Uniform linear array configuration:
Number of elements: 48
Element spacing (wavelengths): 0.25
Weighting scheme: hann
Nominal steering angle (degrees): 60
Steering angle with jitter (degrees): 61.117
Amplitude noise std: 0.05
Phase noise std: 0.05

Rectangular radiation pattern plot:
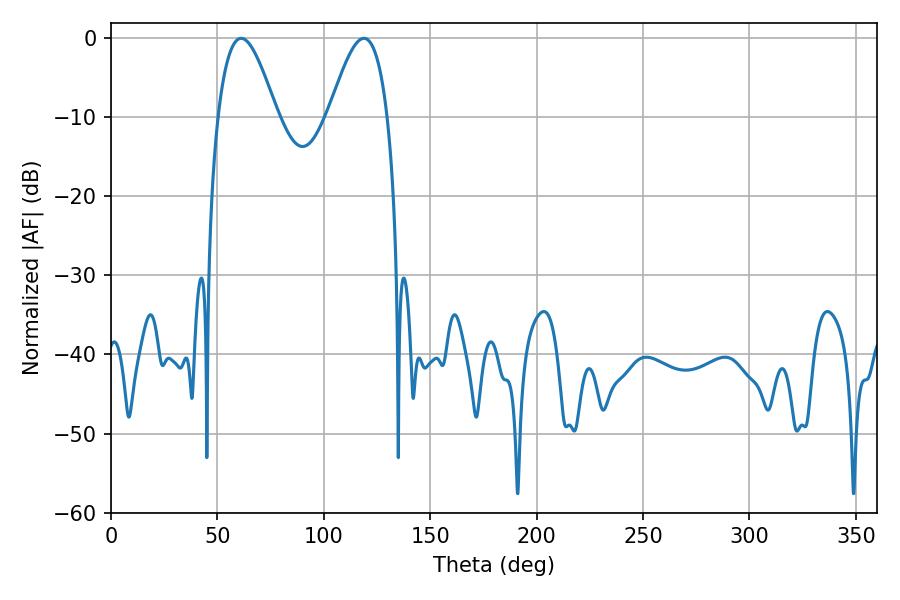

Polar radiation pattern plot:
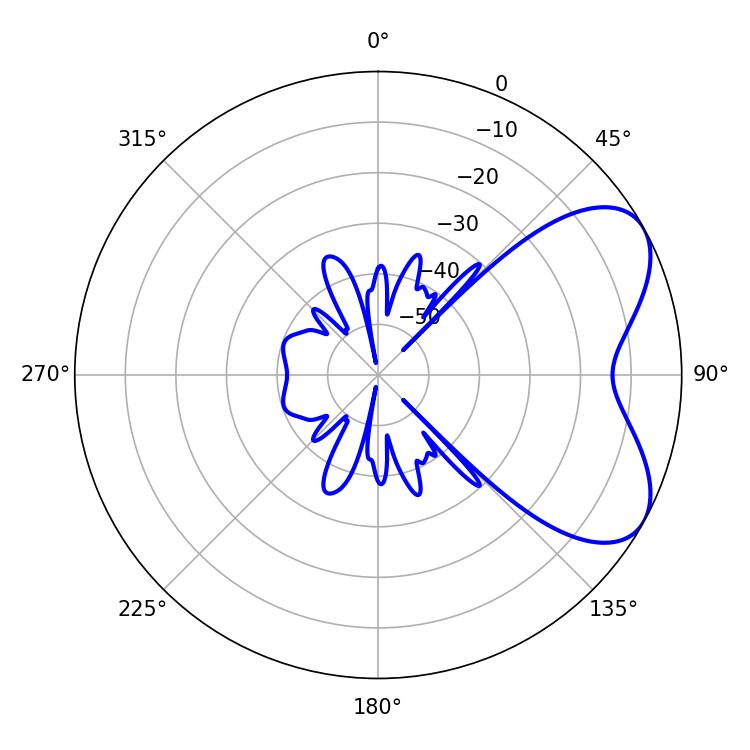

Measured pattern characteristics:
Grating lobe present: FALSE
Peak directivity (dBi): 5.873
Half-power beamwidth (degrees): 14.76
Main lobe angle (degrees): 61.2